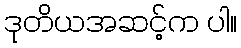
ဒုတိယအဆင့်က ပါ။